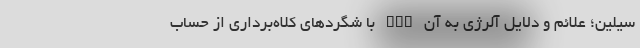
سیلین؛ علائم و دلایل آلرژی به آن nan با شگردهای کلاه‌برداری از حساب